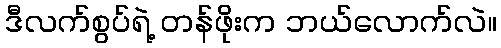
ဒီလက်စွပ်ရဲ့ တန်ဖိုးက ဘယ်လောက်လဲ။